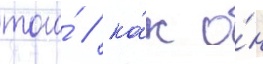
того́ / ка́к о́н